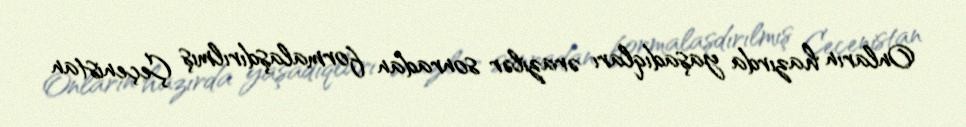
Onların hazırda yaşadıqları ərazilər sonradan formalaşdırılmış Çeçenistan